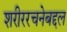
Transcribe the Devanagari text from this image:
शरीररचनेबद्दल